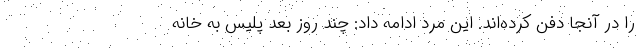
را در آنجا دفن کرده‌اند. این مرد ادامه داد: چند روز بعد پلیس به خانه